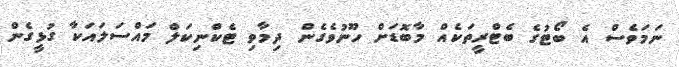
ނަމަވެސް އެ ބޯޓުގެ ބެޓްރީތަކެއް މާބޮޑަށް ހޫނުވެގެން ދިމާވި ޓެކްނިކަލް މައްސަލައަކާ ގުޅީގެން